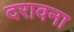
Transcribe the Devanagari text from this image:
दरावना